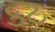
કટ